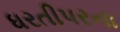
ધરતીપરના